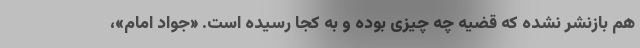
هم بازنشر نشده که قضیه چه چیزی بوده و به کجا رسیده است. «جواد امام»،